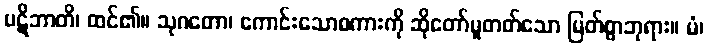
ပဋိဘာတိ၊ ထင်၏။ သုဂတော၊ ကောင်းသောစကားကို ဆိုတော်မူတတ်သော မြတ်စွာဘုရား။ မံ၊